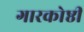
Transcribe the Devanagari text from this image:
गारकोष्ठी